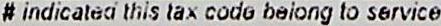
# INDICATED THIS TAX CODE BELONG TO SERVICE